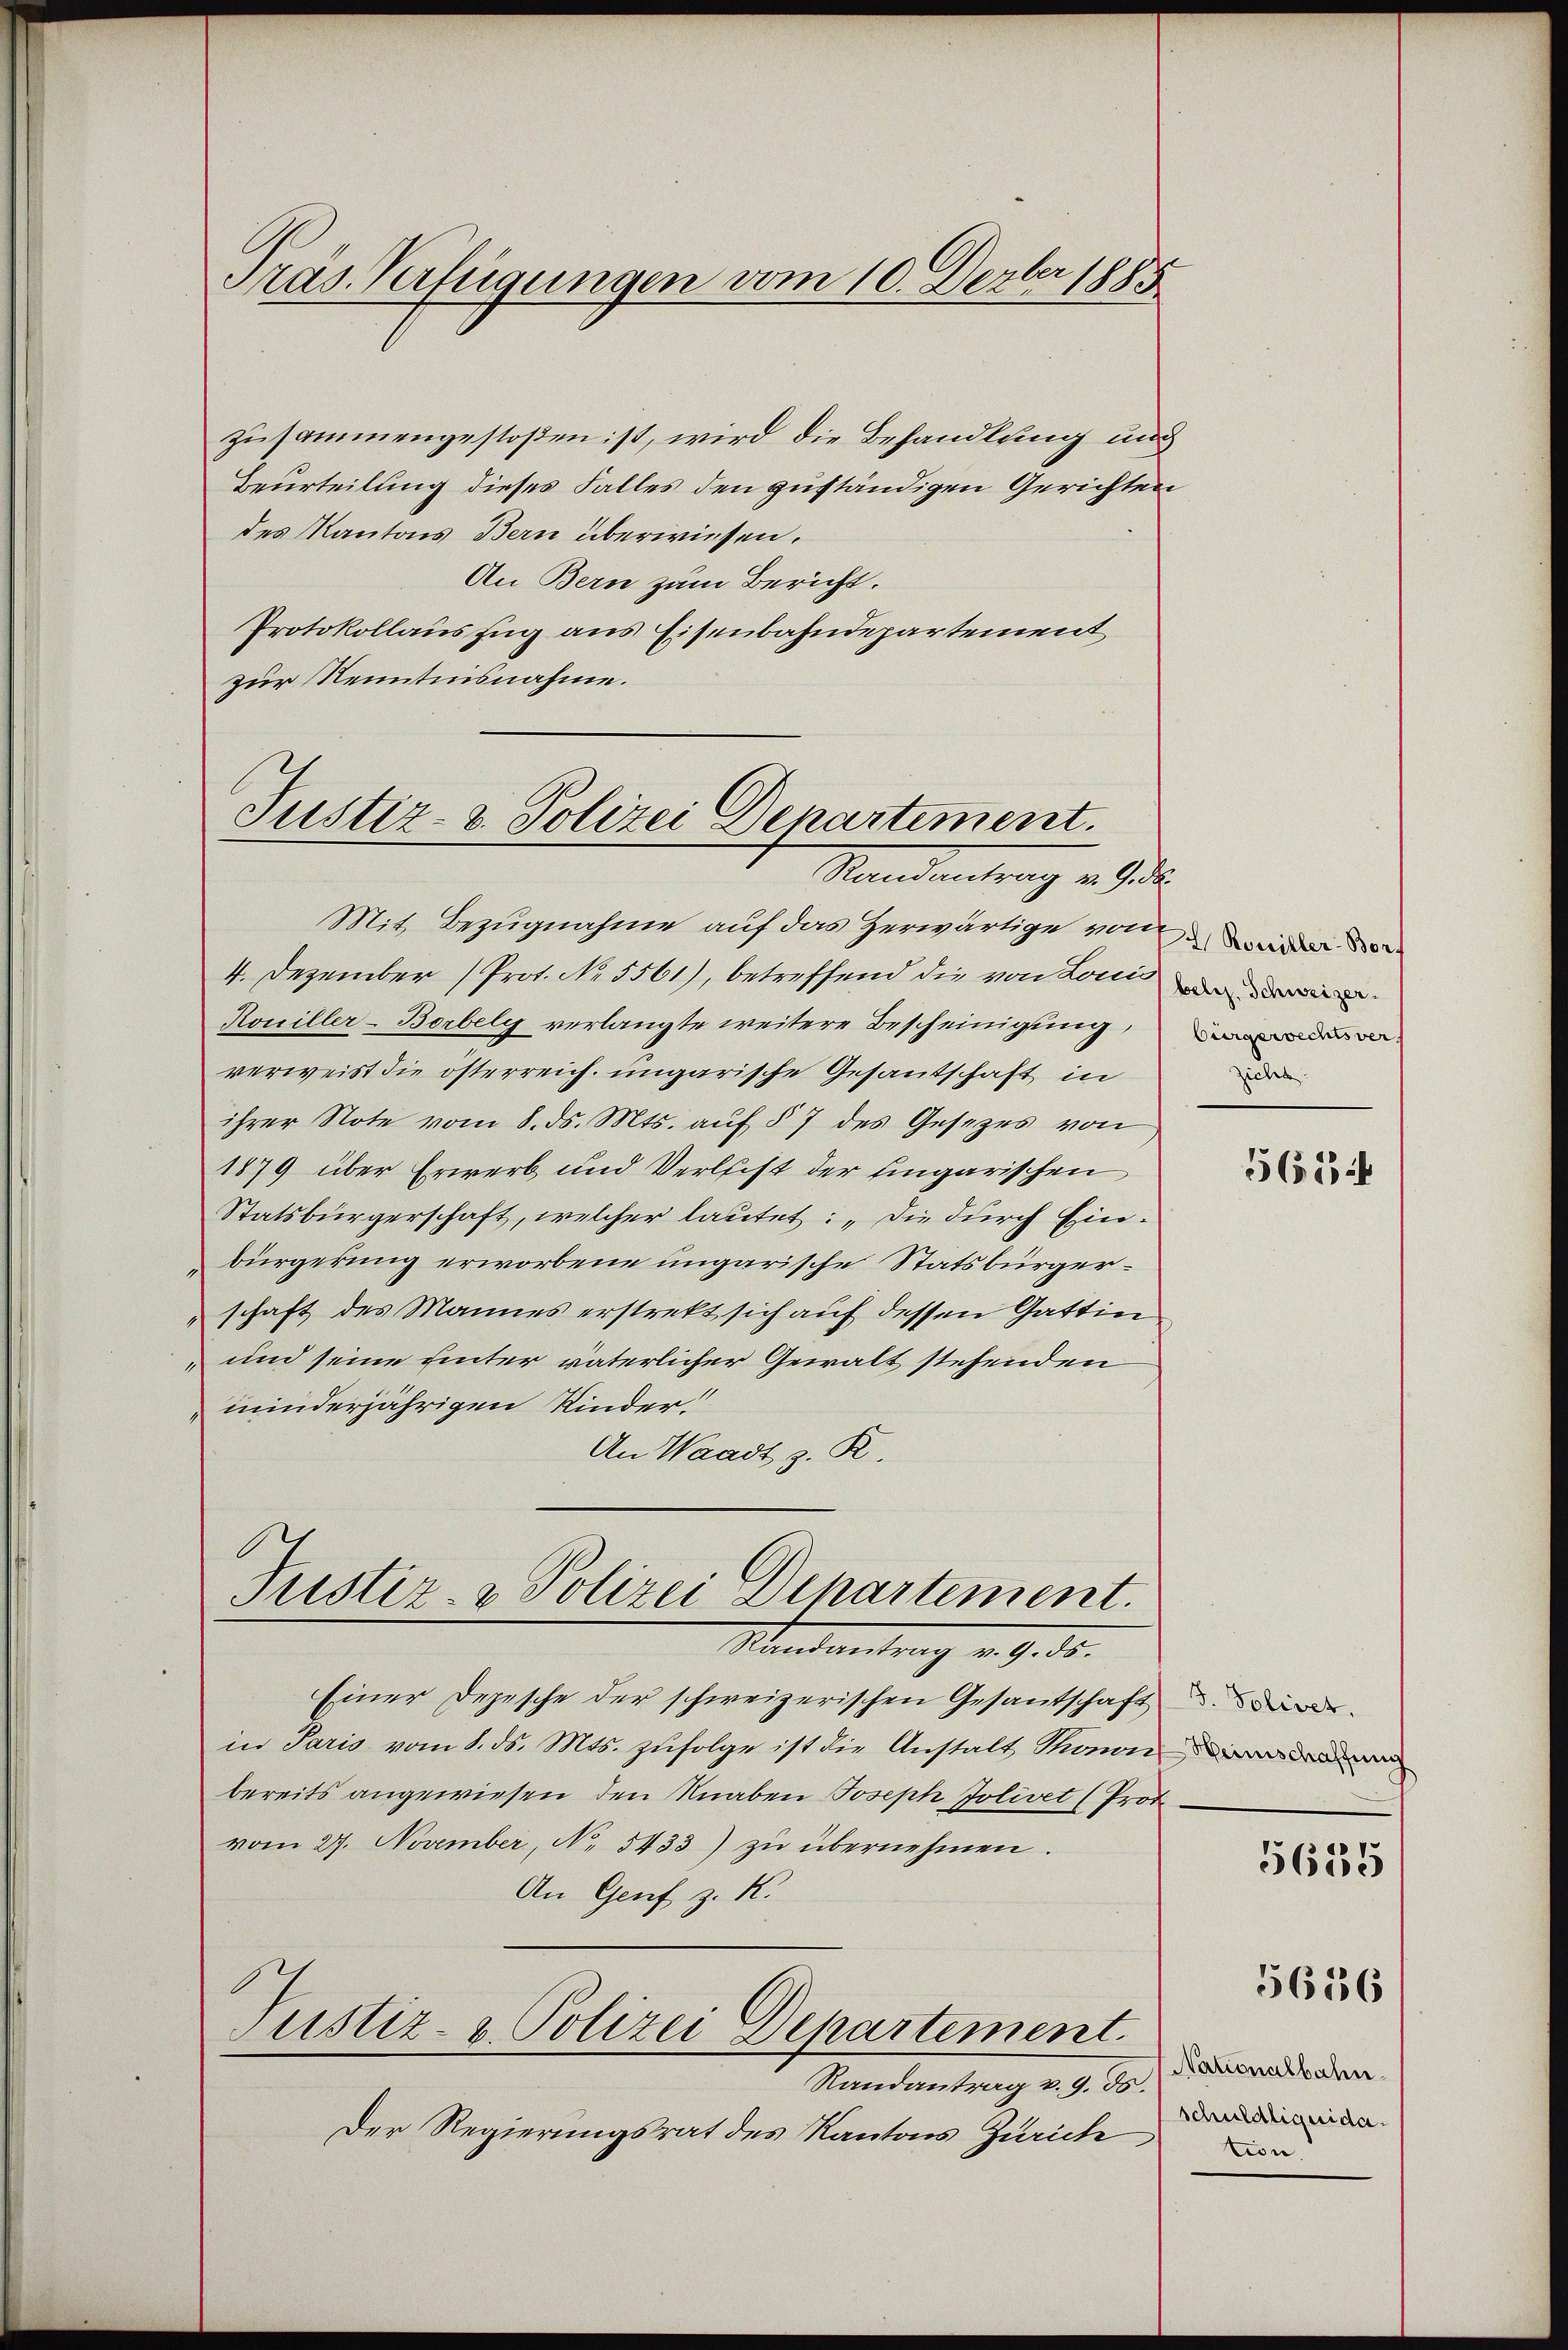
Präs. Verfügungen vom 10. Dezbr 1885

zusammengestoßen ist, wird die Behandlung und
Beurteilung dieses Falles den zuständigen Gerichten
des Kantons Bern überwiesen.
An Bern zum Bericht.
Protokollauszug aus Eisenbahndepartement
zur Kenntnisnahme.

Justiz- & Polizei Departiment.
Standentrag v. 9.

Mit Bezugnahme auf das Zerwärtige von
4. Dezember (Prot. No. 5561), betreffend die von Louis moder
Rouiller-Borbely verlangte weitere Bescheinigung, den
verweist die österreich. ungarische Gesantschaft in
ihrer Note vom 8. ds. Mts. aŭf § 7 des Gesezes von
1879 über Erwerb und Verleist der Eingarischen
Statsbürgerschaft, welcher lautet: „Die durch Ein¬
Bürgerung erworbene ungarische Statsbürgerschaft des Mannes erstrekt sich auf dessen Gattin
und seine unter väterlicher Gewalt stehenden
minderjährigen Kinder.
An Waadt z. R.
Justiz- & Polizei Departement.
Santantrag v. 9. ds.
Einer Depesche der schweizerischen Gesandschaft de
in Paris vom 8. ds. Mts. zŭfolge ist die Anstalt Thonon
bereits angewiesen den Knaben Joseph Jolivet (Prot
vom 27. November, No. 5433) zŭ übernehmen.
An Genf z. K.
Justiz- & Polizei Departement
Randantrag v. 9. ds.
Der Regierungsrat des Kantons Zürich

zicht

568

5625

5656

Nationalbahn.
schuldliquidation